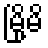
မြို့မိ